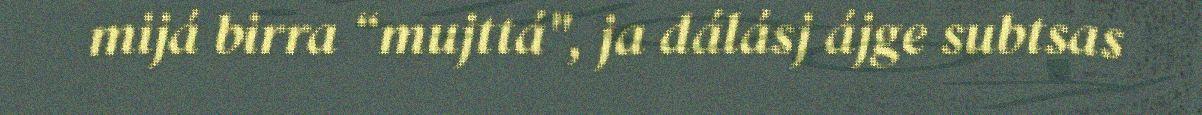
mijá birra “mujttá", ja dálásj ájge subtsas